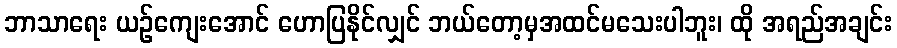
ဘာသာရေး ယဉ်ကျေးအောင် ဟောပြနိုင်လျှင် ဘယ်တော့မှအထင်မသေးပါဘူး၊ ထို အရည်အချင်း